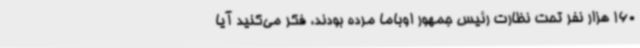
160 هزار نفر تحت نظارت رئیس جمهور اوباما مرده بودند، فکر می‌کنید آیا